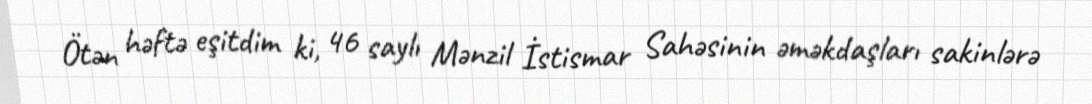
Ötən həftə eşitdim ki, 46 saylı Mənzil İstismar Sahəsinin əməkdaşları sakinlərə